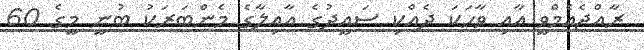
ރާއްޖެއެމްވީ އާއި ވާހަކަ ދެއްކި ސައީދުގެ އާއިލާގެ މެންބަރަކު ބުނީ މީގެ 60